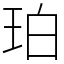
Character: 珀